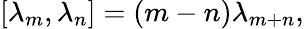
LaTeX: [\lambda_{m},\lambda_{n}]=(m-n)\lambda_{m+n},